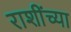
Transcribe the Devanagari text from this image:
राशींच्या